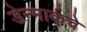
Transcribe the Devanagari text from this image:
डेन्मार्कचे